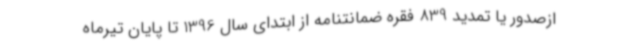
ازصدور یا تمدید 839 فقره ضمانتنامه از ابتدای سال 1396 تا پایان تیرماه